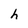
Character: h